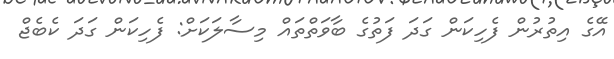
އޭގެ އިތުރުން ފެހިކަން ގަދަ ފަތުގެ ބާވަތްތައް މިސާލަކަށް: ފެހިކަން ގަދަ ކެބެޖް